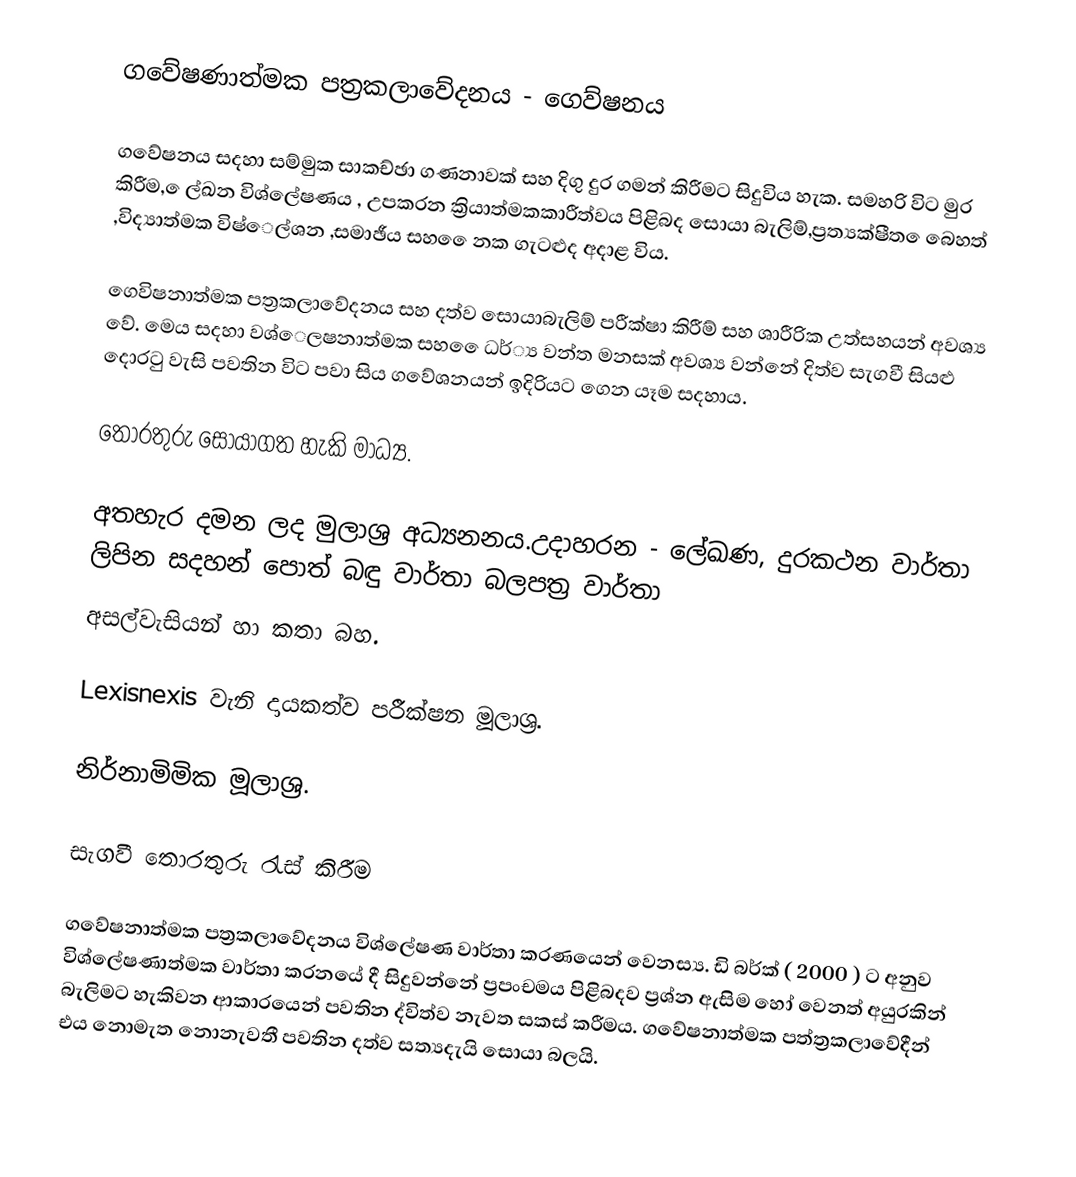
ගවේෂණාත්මක පත්‍රකලාවේදනය - ගෙව්ෂනය

ගවේෂනය සදහා සම්මුක සාකච්ඡා ගණනාවක් සහ දිගු දුර ගමන් කිරීමට සිදුවිය හැක. සමහරි විට මුර කිරීම, ෙල්ඛන විශ්ලේෂණය , උපකරන ක්‍රියාත්මකකාරීත්වය පිළිබද සොයා බැලිම්,ප්‍රත්‍යක්ෂීත ෙබෙහත් ,විද්‍යාත්මක විෂ්ෙල්ශන ,සමාඡීය සහ ෙෙනක ගැටළුද අදාළ විය.

ගෙවිෂනාත්මක පත්‍රකලාවේදනය සහ දත්ව සොයාබැලිම් පරීක්ෂා කිරීම් සහ ශාරීරික උත්සහයන් අවශ්‍ය වේ. මෙය සදහා වශ්ෙලෂනාත්මක සහ ෙෙධර්්‍ය වන්ත මනසක් අවශ්‍ය වන්නේ දිත්ව සැගවී සියළු දොරටු වැසි පවතින විට පවා සිය ගවේශනයන් ඉදිරියට ගෙන යෑම සදහාය.

තොරතුරු සොයාගත හැකි මාධ්‍ය.

 අතහැර දමන ලද මුලාශ්‍ර අධ්‍යනනය.උදාහරන - ලේඛණ, දුරකථන වාර්තා ලිපින සදහන් පොත් බඳු වාර්තා බලපත්‍ර වාර්තා
 අසල්වැසියන් හා කතා බහ.

 Lexisnexis  වැනි දායකත්ව පරීක්ෂන මූලාශ්‍ර.

නිර්නාමිමික මූලාශ්‍ර.

සැගවී තොරතුරු රැස් කිරීම

ගවේෂනාත්මක පත්‍රකලාවේදනය විශ්ලේෂණ වාර්තා කරණයෙන් වෙනස්‍ය. ඩි බර්ක්  ( 2000 ) ට අනුව විශ්ලේෂණාත්මක වාර්තා කරනයේ දී සිදුවන්නේ ප්‍රපංචමය පිළිබදව ප්‍රශ්න ඇසිම හෝ වෙනත් අයුරකින් බැලිමට හැකිවන ආකාරයෙන් පවතින ද්විත්ව නැවත සකස් කරීමය. ගවේෂනාත්මක පත්ත්‍රකලාවේදීන් එය නොමැත නොනැවතී පවතින දත්ව සත්‍යදැයි සොයා බලයි.